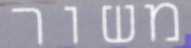
משור